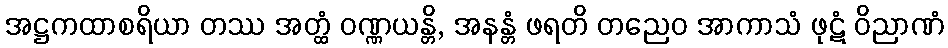
အဋ္ဌကထာစရိယာ တဿ အတ္ထံ ဝဏ္ဏယန္တိ, အနန္တံ ဖရတိ တညေဝ အာကာသံ ဖုဋံ ဝိညာဏံ